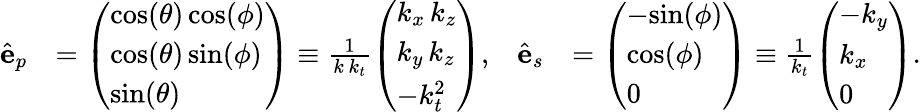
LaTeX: \begin{array}{rlrl}{\hat{\mathbf{e}}_{p}}&{=\left(\begin{array}{l}{\mathrm{cos}(\theta)\, \mathrm{cos}(\phi)}\\ {\mathrm{cos}(\theta)\, \mathrm{sin}(\phi)}\\ {\mathrm{sin}(\theta)}\end{array}\right)\equiv\frac{1}{k\, k_{t}}\left(\begin{array}{l}{k_{x}\, k_{z}}\\ {k_{y}\, k_{z}}\\ {-k_{t}^{2}}\end{array}\right),}&{\hat{\mathbf{e}}_{s}}&{=\left(\begin{array}{l}{-\mathrm{sin}(\phi)}\\ {\mathrm{cos}(\phi)}\\ {0}\end{array}\right)\equiv\frac{1}{k_{t}}\left(\begin{array}{l}{-k_{y}}\\ {k_{x}}\\ {0}\end{array}\right).}\end{array}